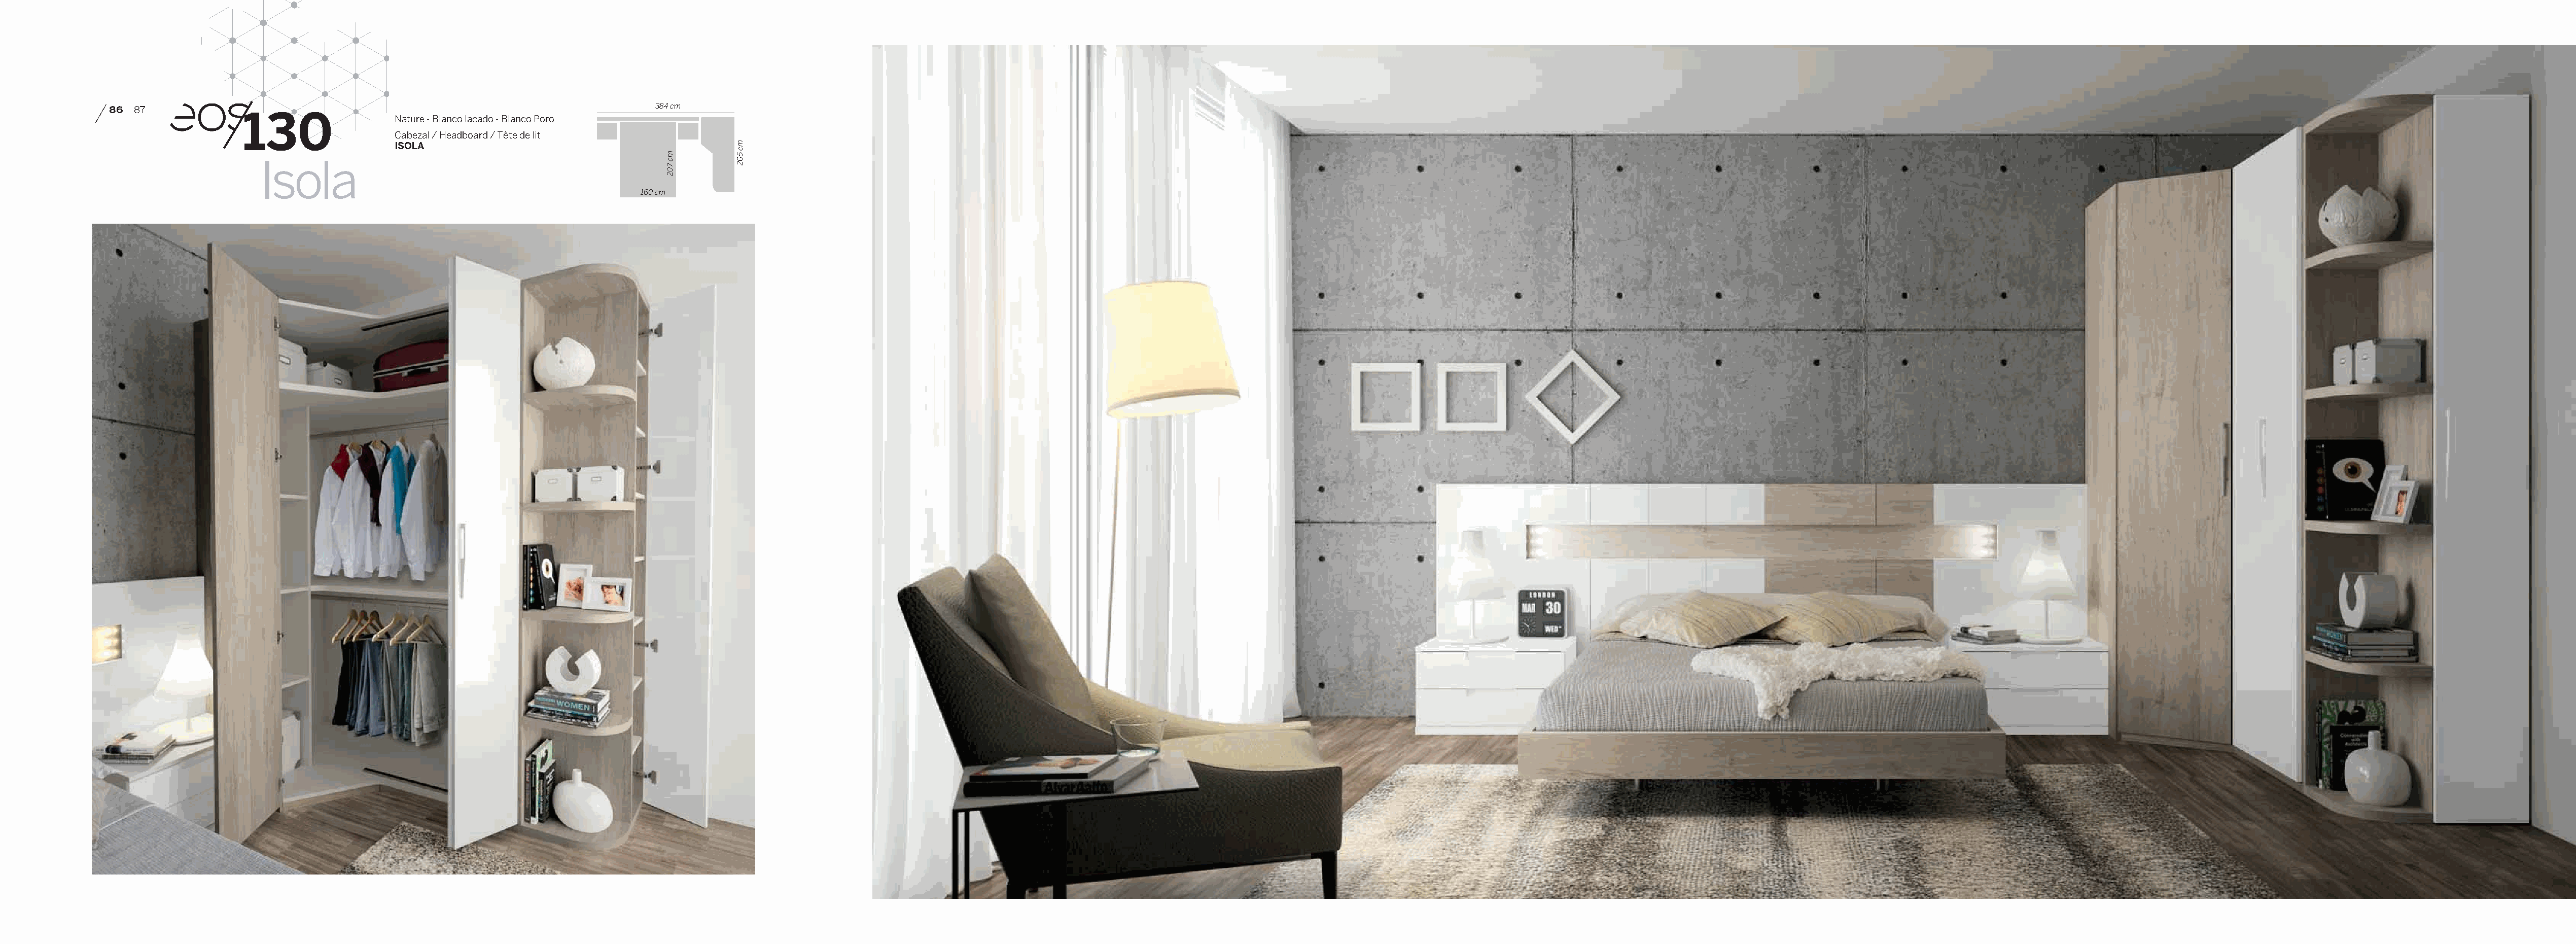
86 87             130                                                  384 cm
 Nature - Blanco lacado - Blanco Poro
 Cabezal / Headboard / Tête de lit
 ISOLA
 Isola
 160 cm
 mc
 702
 mc
 502